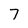
Character: 7